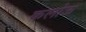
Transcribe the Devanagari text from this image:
कलोऊ